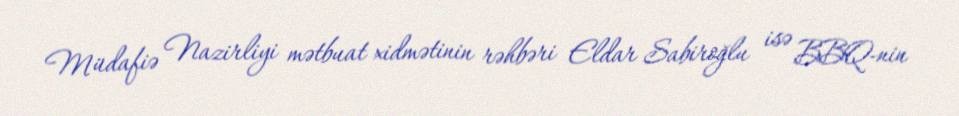
Müdafiə Nazirliyi mətbuat xidmətinin rəhbəri Eldar Sabiroğlu isə BBQ-nin